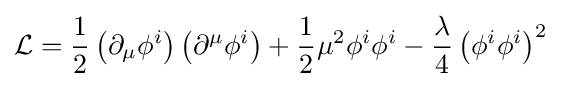
{\mathcal {L}}={\frac {1}{2}}\left(\partial _{\mu }\phi ^{i}\right)\left(\partial ^{\mu }\phi ^{i}\right)+{\frac {1}{2}}\mu ^{2}\phi ^{i}\phi ^{i}-{\frac {\lambda }{4}}\left(\phi ^{i}\phi ^{i}\right)^{2}